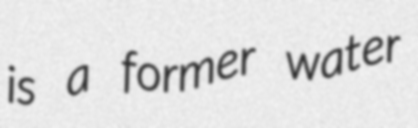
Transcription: is a former water